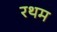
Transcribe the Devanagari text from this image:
रथम